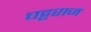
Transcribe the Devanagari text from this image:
चट्टराज